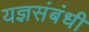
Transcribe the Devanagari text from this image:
यज्ञसंबंधी